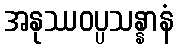
အနုဿဝပ္ပသန္နာနံ